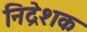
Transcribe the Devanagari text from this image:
निद्रेशक